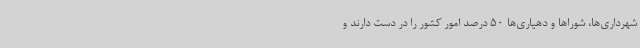
شهرداری‌ها، شوراها و دهیاری‌ها 50 درصد امور کشور را در دست دارند و